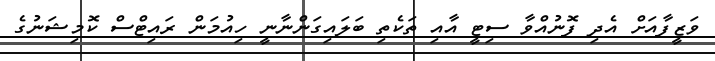
ވަޒީފާއަށް އެދި ފޮނުއްވާ ސިޓީ އާއި ތަކެތި ބަލައިގަންނާނީ ހިއުމަން ރައިޓްސް ކޮމިޝަނުގެ